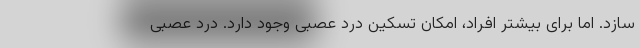
سازد. اما برای بیشتر افراد، امکان تسکین درد عصبی وجود دارد. درد عصبی